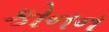
કોનન